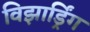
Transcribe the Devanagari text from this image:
विझार्ड्रिंग